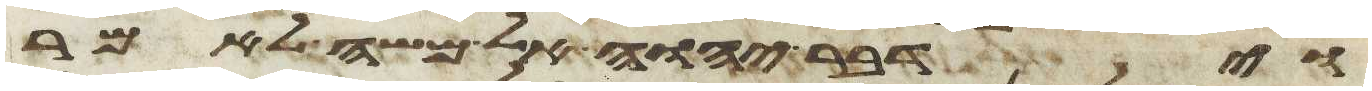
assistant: וידבר יהוה אל משה לאמר